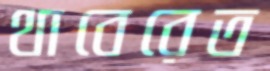
থাবেরেত